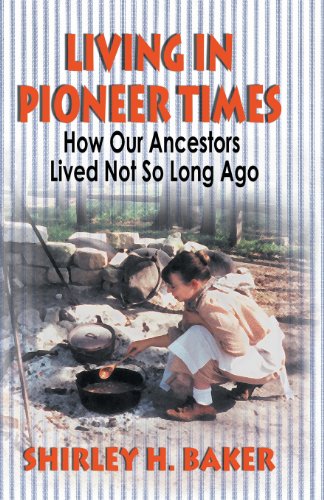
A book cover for Living in Pioneer Times: How Our Ancestors Lived Not So Long Ago; Shirley H. Baker; Crafts, Hobbies & Home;